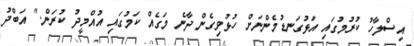
އިސްލާހު ކުރުމުގައި އަޅުގަނޑުމެންނަށް ހުޅުވިގެން ދާނެ މަގެއް ކަމުގައި އުއްމީދު ކުރަން." އަބްދު